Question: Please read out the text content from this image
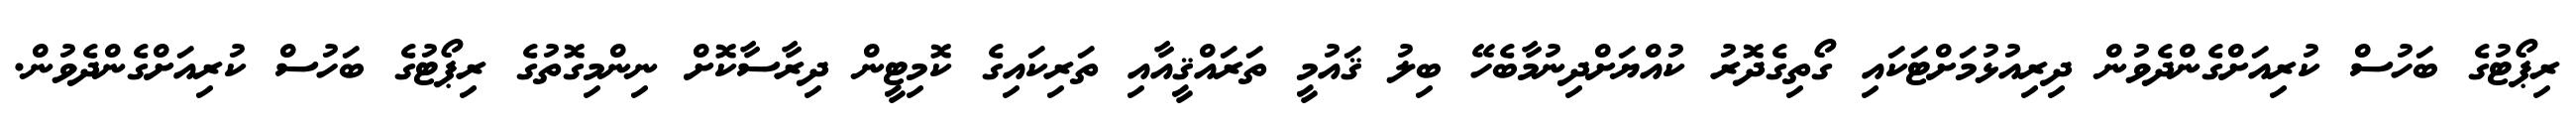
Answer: ރިޕޯޓުގެ ބަހުސް ކުރިއަށްގެންދެވުން ދިރިއުޅުމަށްޓަކައި ގޯތިގެދޮރު ކުއްޔަށްދިނުމާބެހޭ ބިލު ޤައުމީ ތަރައްޤީއާއި ތަރިކައިގެ ކޮމިޓީން ދިރާސާކޮށް ނިންމިގޮތުގެ ރިޕޯޓުގެ ބަހުސް ކުރިއަށްގެންދެވުން.